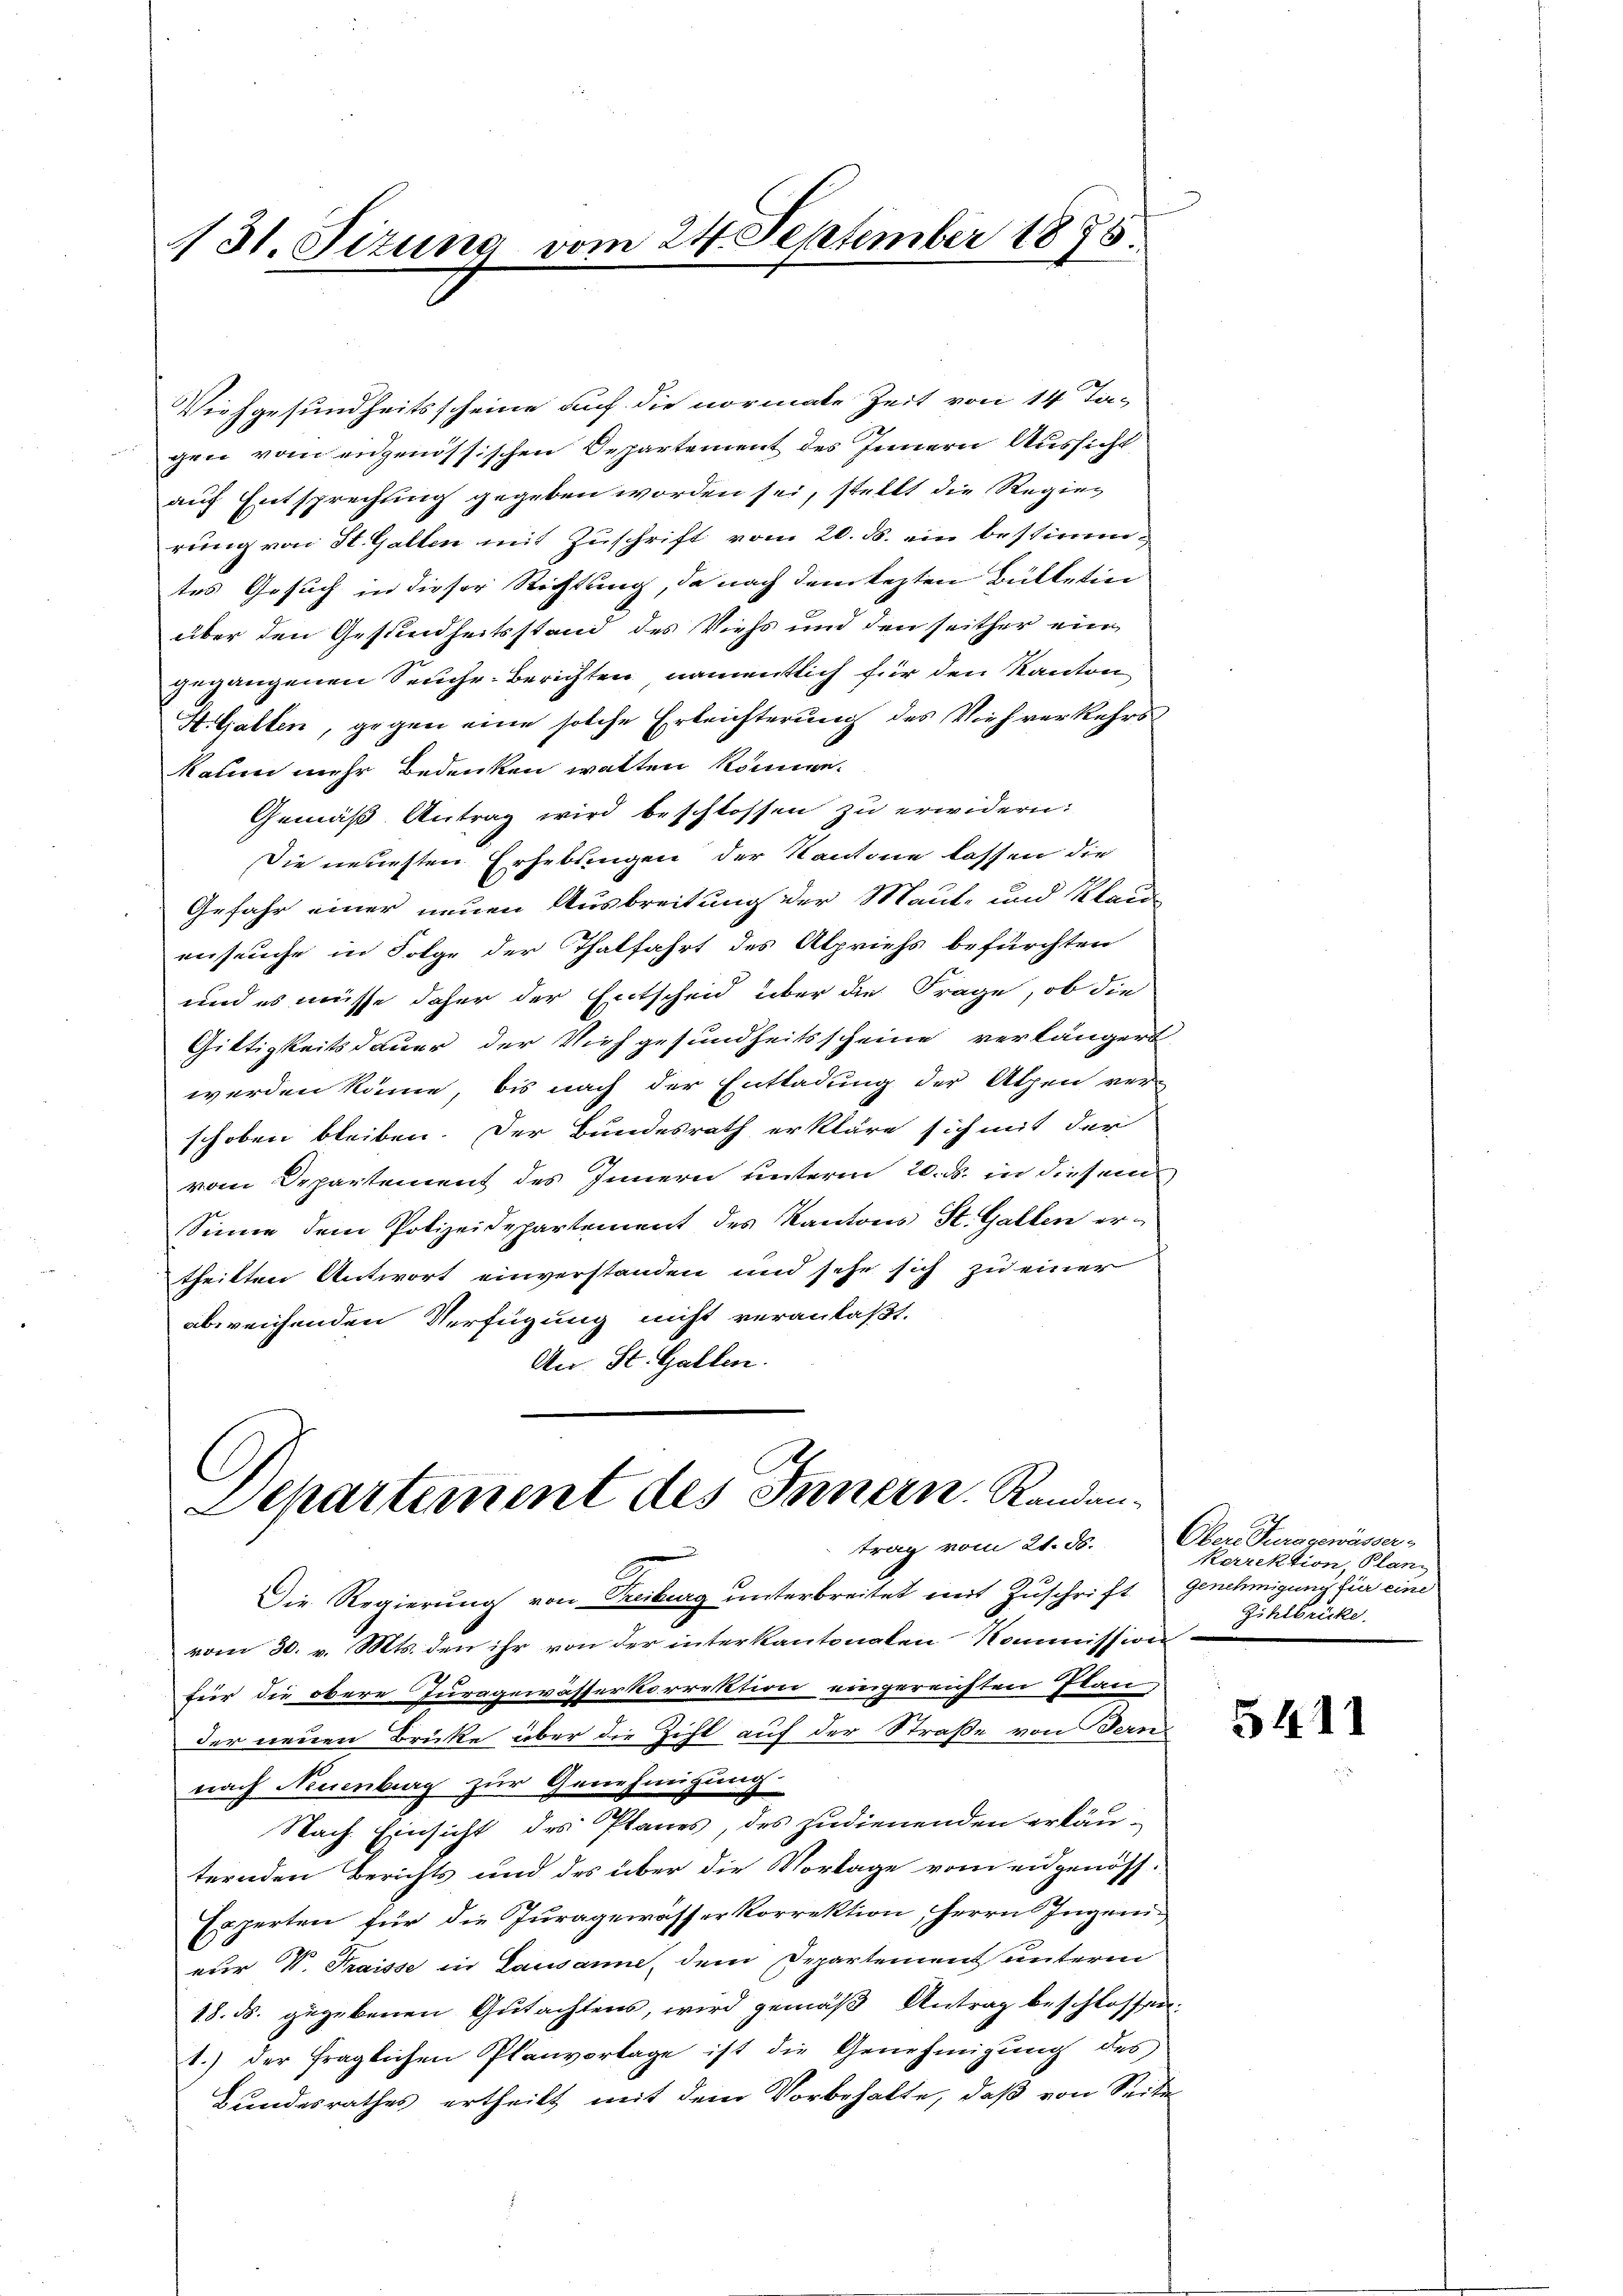
131. Sizung vom 24. September 1875.

Viehgesundheitsscheine auf die normate Zeit von 14 Ta-
gen vom eidgenössischen Departement des Innern Aussicht
auf Entsprechung gegeben worden sei, stellt die Regier
rung von St. Gallen mit Zuschrift vom 20. ds. ein bestimm
tes Gesuch in dieser Richtung, da nach dem lezten Bülletin
über den Gesundheitsstand des Viehs und den seither ein
gegangenen Seuche-Berichten namentlich für den Kanton
H. Gallen, gegen eine solche Erleichterung des Viehverkehrskaum mehr Bedenken walten können.
Gemäß Antrag wird beschlossen zu erwidern:
Die neuesten Erhebungen der Kantone lassen die
Gefahr einer neuen Ausbreitung der Maut- und Klauenseuche in Folge der Thalfahrt des Alpriess befürchten
und es müsse daher der Entscheid über die Frage, ob die
Giltigkeitsdauer der Viehgesundheitsscheine verlängert
werden könne, bis nach der Enttadung der Alpen ver-
schoben bleiben. Der Bundesrath erkläre sich mit der
vom Departement des Innern unterm 20. d. in diesem
Sinne dem Polizeidepartement des Kantons St. Gallen ertheilten Antwort einverstanden und sehe sich zu einer
abweichenden Verfügung nicht veranlaßt.
An St. Gallen.

l
Departement des Innern. Randantrag vom 21. ds.

Die Regierung von Treiburg unterbreitet mit Zuschrift Genehmigung für eine
vom 30. v. Mts. den ihr von der interkantonalen Kommission
für die obere Juragewässerkorrektion eingereichten Plan,
der neuen Brücke über die Zicht auf der Straße von Bern
nach Neuenburg zur Genehmigung
Nach Einsicht des Planes, des zudienenden erkäu-
ternden Berichts und des über die Vorlage vom eidgenöss-
Experten für die Juragewässer Korrektion, Herrn Ingeni
eu V. Traisse in Lausanne, dem Departement unterm
18. ds. gegebenen Gutachtens, wird gemäß Antrag beschlossen.
1.) der fraglichen Planvorlage ist die Genehmigung des
Bundesrathes ertheilt mit dem Vorbehalte, daß von Seite

Obere Furggewässer-
kerrektion, Plan
Zihibrücke

5411